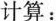
计算：